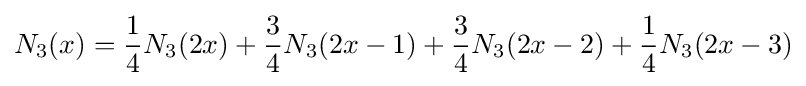
N_{3}(x)={\frac {1}{4}}N_{3}(2x)+{\frac {3}{4}}N_{3}(2x-1)+{\frac {3}{4}}N_{3}(2x-2)+{\frac {1}{4}}N_{3}(2x-3)